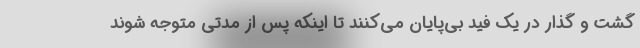
گشت و گذار در یک فید بی‌پایان می‌کنند تا اینکه پس از مدتی متوجه شوند